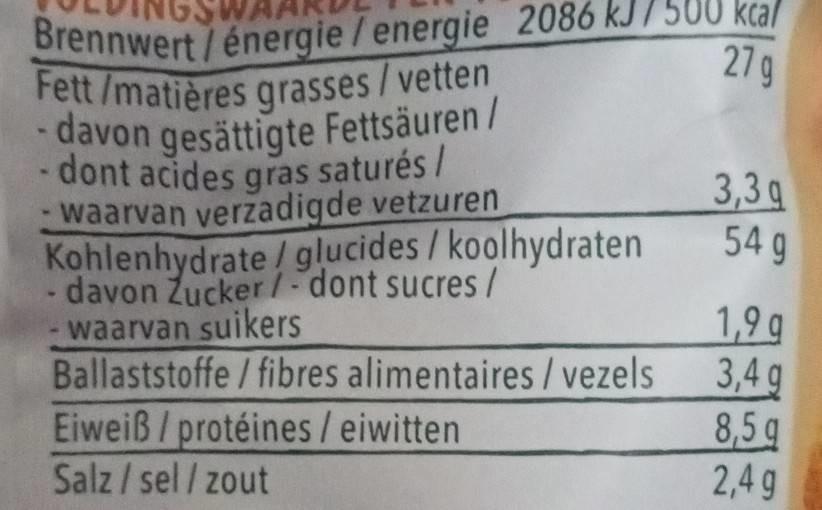
Brennwert/énergie/energie 2086 kJ/500 kcal
27 g
Fett/matières grasses/vetten - davon gesättigte Fettsäuren / - dont acides gras saturés / waarvan verzadigde vetzuren Kohlenhydrate/ glucides / koolhydraten davon Zucker/-dont sucres / waarvan suikers
Ballaststoffe / fibres alimentaires / vezels
Eiweiß/ protéines / eiwitten
Salz/sel/zout
3,3q
54 g
1,9g
3,4 g
8,5 g
2,4 g